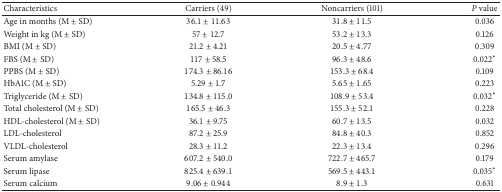
| Characteristics | Carriers (49) | Noncarriers (101) | P value |
 | --- | --- | --- | --- |
 | Age in months (M ± SD) | 36.1 ± 11.63 | 31.8 ± 11.5 | 0.036 |
 | Weight in kg (M ± SD) | 57 ± 12.7 | 53.2 ± 13.3 | 0.126 |
 | BMI (M ± SD) | 21.2 ± 4.21 | 20.5 ± 4.77 | 0.309 |
 | FBS (M ± SD) | 117 ± 58.5 | 96.3 ± 48.6 | 0.022* |
 | PPBS (M ± SD) | 174.3 ± 86.16 | 153.3 ± 68.4 | 0.109 |
 | HbA1C (M ± SD) | 5.29 ± 1.7 | 5.65 ± 1.65 | 0.223 |
 | Triglyceride (M ± SD) | 134.8 ± 115.0 | 108.9 ± 53.4 | 0.032* |
 | Total cholesterol (M ± SD) | 165.5 ± 46.3 | 155.3 ± 52.1 | 0.228 |
 | HDL-cholesterol (M ± SD) | 36.1 ± 9.75 | 60.7 ± 13.5 | 0.032 |
 | LDL-cholesterol | 87.2 ± 25.9 | 84.8 ± 40.3 | 0.852 |
 | VLDL-cholesterol | 28.3 ± 11.2 | 22.3 ± 13.4 | 0.296 |
 | Serum amylase | 607.2 ± 540.0 | 722.7 ± 465.7 | 0.179 |
 | Serum lipase | 825.4 ± 639.1 | 569.5 ± 443.1 | 0.035* |
 | Serum calcium | 9.06 ± 0.944 | 8.9 ± 1.3 | 0.631 |